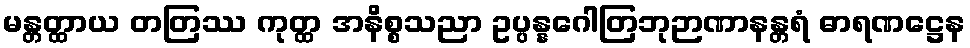
မန္တတ္ထာယ တတြဿ ကုတ္ထ အနိစ္စသညာ ဥပ္ပန္နဂေါတြဘုဉာဏာနန္တရံ ဓာရဏဋ္ဌေန